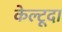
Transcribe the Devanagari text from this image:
केल्टूदा